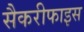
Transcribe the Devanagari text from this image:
सैकरीफाइस